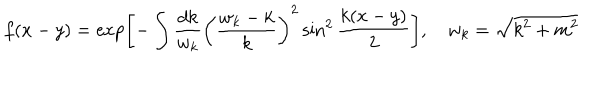
LaTeX: f ( x - y ) = \exp \left[ - \int \frac { d k } { w _ { k } } \left( \frac { w _ { k } - k } k \right) ^ { 2 } \sin ^ { 2 } \frac { k ( x - y ) } 2 \right] , \quad w _ { k } = \sqrt { k ^ { 2 } + m ^ { 2 } }